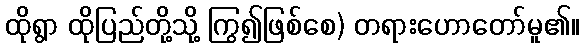
ထိုရွာ ထိုပြည်တို့သို့ ကြွ၍ဖြစ်စေ) တရားဟောတော်မူ၏။